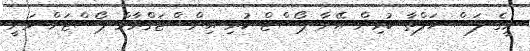
މީގެ ފަސް ހަފްތާ ކުރިން އޭނާ ޕޯސްޓް ކުރި އިންސްޓަގްރާމް ޕޯސްޓަށް ވަނީ